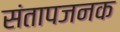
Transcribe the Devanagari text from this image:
संतापजनक